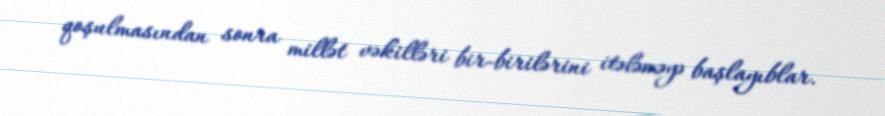
qoşulmasından sonra millət vəkilləri bir-birilərini itələməyə başlayıblar.